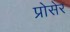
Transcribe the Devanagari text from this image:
प्रोसेर